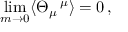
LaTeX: \operatorname * { l i m } _ { m \to 0 } \langle \Theta _ { \mu } \, ^ { \mu } \rangle = 0 \, ,